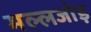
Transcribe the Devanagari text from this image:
मल्लजोड़